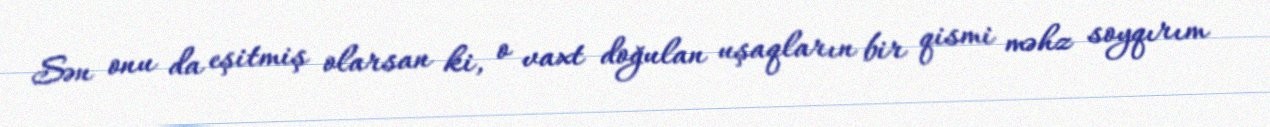
Sən onu da eşitmiş olarsan ki, o vaxt doğulan uşaqların bir qismi məhz soyqırım